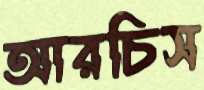
আরচিস